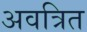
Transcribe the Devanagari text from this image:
अवत्रित